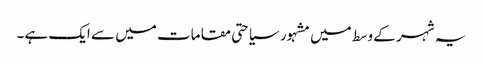
یہ شہر کے وسط میں مشہور سیاحتی مقامات میں سے ایک ہے۔